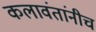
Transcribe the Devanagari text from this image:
कलावंतांनीच